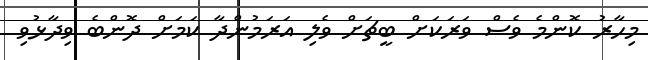
މިހާރު ކޮންމެ ވެސް ވަރަކަށް ބީޗަށް ވެލި އަރަމުންދާ ކަމަށް ދޮންބެ ވިދާޅުވި